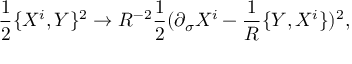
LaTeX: { \frac { 1 } { 2 } } \{ X ^ { i } , Y \} ^ { 2 } \rightarrow R ^ { - 2 } { \frac { 1 } { 2 } } ( \partial _ { \sigma } X ^ { i } - { \frac { 1 } { R } } \{ Y , X ^ { i } \} ) ^ { 2 } ,